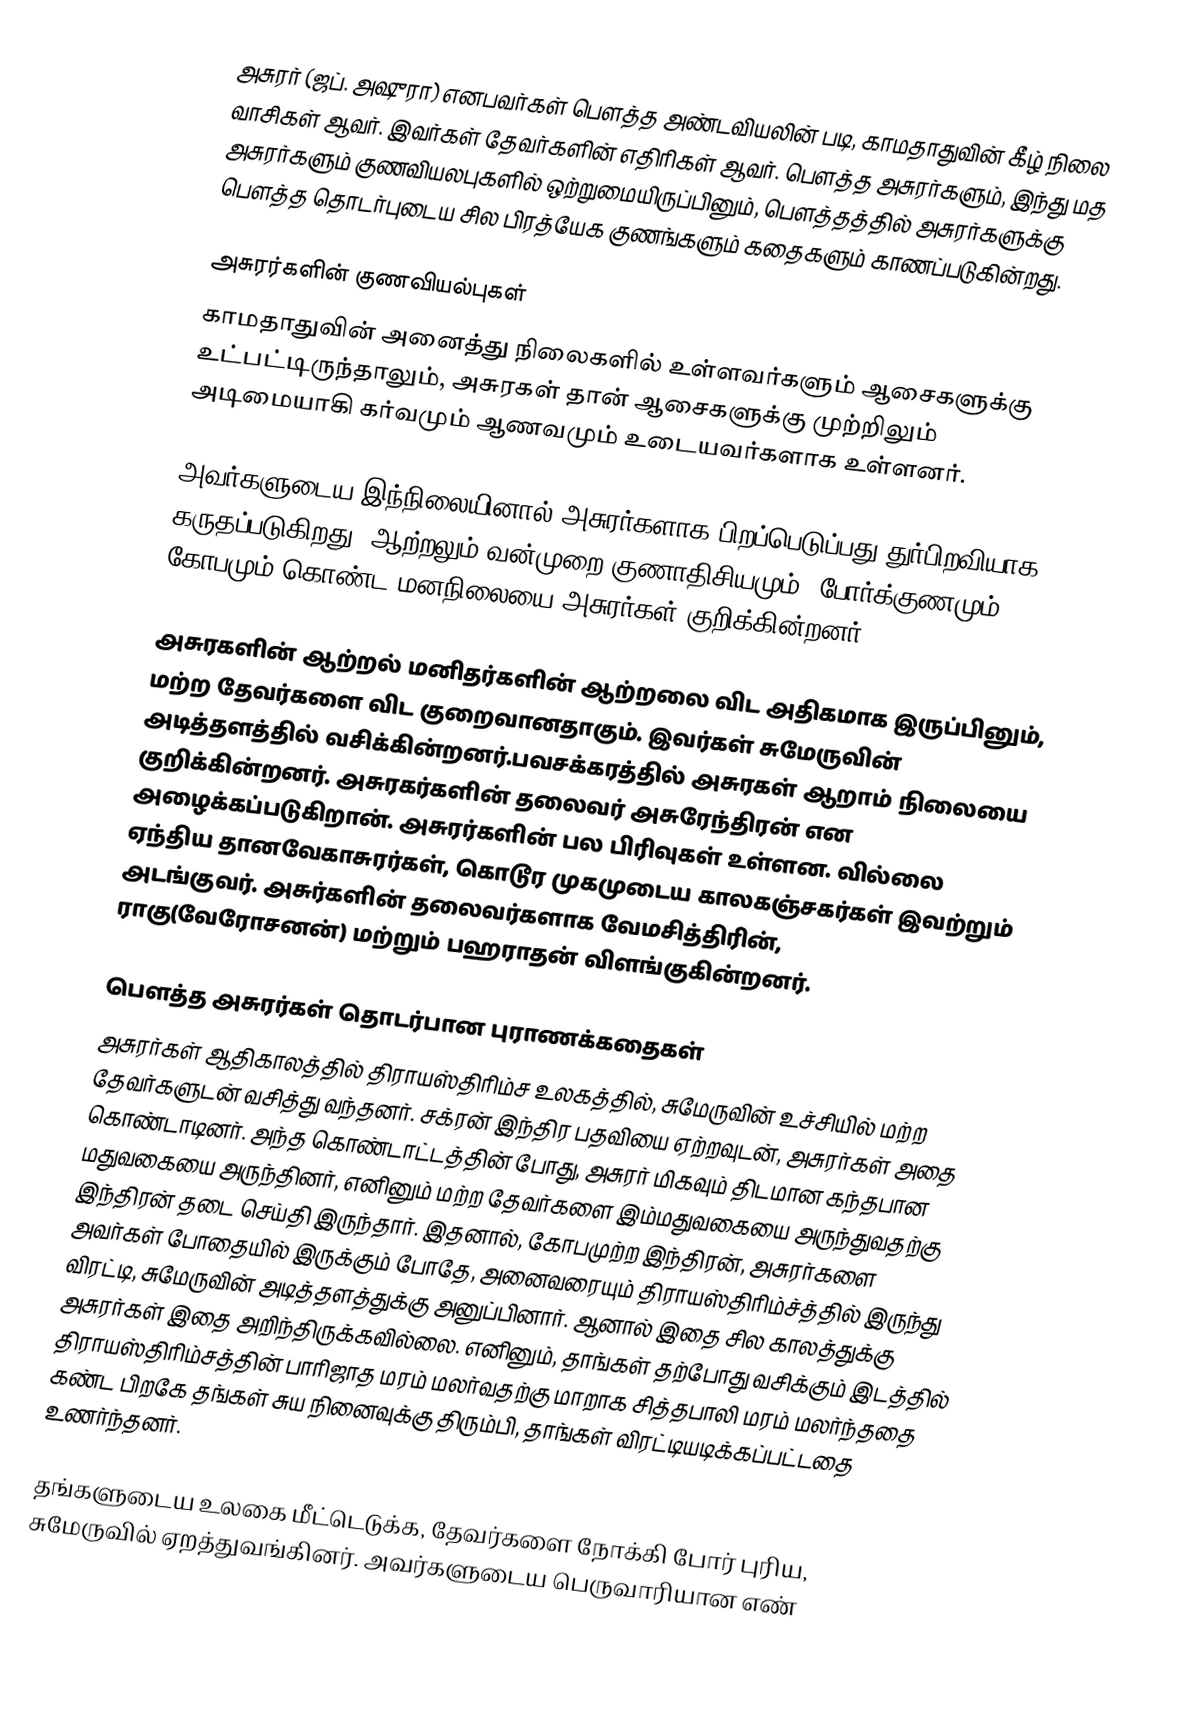
அசுரர் (ஜப். அஷுரா) எனபவர்கள் பௌத்த அண்டவியலின் படி, காமதாதுவின் கீழ் நிலை வாசிகள் ஆவர். இவர்கள் தேவர்களின் எதிரிகள் ஆவர்.  பௌத்த அசுரர்களும்,  இந்து மத அசுரர்களும் குணவியலபுகளில் ஒற்றுமையிருப்பினும், பௌத்தத்தில் அசுரர்களுக்கு பௌத்த தொடர்புடைய சில பிரத்யேக குணங்களும் கதைகளும் காணப்படுகின்றது.

அசுரர்களின் குணவியல்புகள்
காமதாதுவின் அனைத்து நிலைகளில் உள்ளவர்களும் ஆசைகளுக்கு உட்பட்டிருந்தாலும், அசுரகள் தான் ஆசைகளுக்கு முற்றிலும் அடிமையாகி கர்வமும் ஆணவமும் உடையவர்களாக உள்ளனர்.

அவர்களுடைய இந்நிலையினால் அசுரர்களாக பிறப்பெடுப்பது  துர்பிறவியாக கருதப்படுகிறது. ஆற்றலும் வன்முறை குணாதிசியமும், போர்க்குணமும், கோபமும் கொண்ட மனநிலையை அசுரர்கள் குறிக்கின்றனர்.

அசுரகளின் ஆற்றல் மனிதர்களின் ஆற்றலை விட அதிகமாக இருப்பினும், மற்ற தேவர்களை விட குறைவானதாகும். இவர்கள் சுமேருவின் அடித்தளத்தில் வசிக்கின்றனர்.பவசக்கரத்தில் அசுரகள் ஆறாம் நிலையை குறிக்கின்றனர்.  அசுரகர்களின் தலைவர் அசுரேந்திரன் என அழைக்கப்படுகிறான். அசுரர்களின் பல பிரிவுகள் உள்ளன. வில்லை ஏந்திய தானவேகாசுரர்கள், கொடூர முகமுடைய காலகஞ்சகர்கள் இவற்றும் அடங்குவர். அசுர்களின் தலைவர்களாக வேமசித்திரின், ராகு(வேரோசனன்) மற்றும்  பஹராதன் விளங்குகின்றனர்.

பௌத்த அசுரர்கள் தொடர்பான புராணக்கதைகள்
அசுரர்கள் ஆதிகாலத்தில் திராயஸ்திரிம்ச உலகத்தில், சுமேருவின் உச்சியில் மற்ற தேவர்களுடன் வசித்து வந்தனர்.  சக்ரன் இந்திர பதவியை ஏற்றவுடன், அசுரர்கள் அதை கொண்டாடினர். அந்த கொண்டாட்டத்தின் போது, அசுரர் மிகவும் திடமான கந்தபான மதுவகையை அருந்தினர், எனினும்  மற்ற தேவர்களை இம்மதுவகையை அருந்துவதற்கு இந்திரன் தடை செய்தி இருந்தார். இதனால், கோபமுற்ற இந்திரன், அசுரர்களை அவர்கள் போதையில் இருக்கும் போதே, அனைவரையும் திராயஸ்திரிம்ச்த்தில் இருந்து விரட்டி, சுமேருவின் அடித்தளத்துக்கு அனுப்பினார். ஆனால் இதை சில காலத்துக்கு அசுரர்கள் இதை அறிந்திருக்கவில்லை. எனினும், தாங்கள் தற்போது வசிக்கும் இடத்தில் திராயஸ்திரிம்சத்தின் பாரிஜாத மரம் மலர்வதற்கு மாறாக சித்தபாலி மரம் மலர்ந்ததை கண்ட பிறகே தங்கள் சுய நினைவுக்கு திரும்பி, தாங்கள் விரட்டியடிக்கப்பட்டதை உணர்ந்தனர்.

தங்களுடைய உலகை மீட்டெடுக்க, தேவர்களை நோக்கி போர் புரிய, சுமேருவில் ஏறத்துவங்கினர். அவர்களுடைய பெருவாரியான எண்